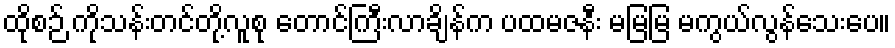
ထိုစဉ် ကိုသန်းတင်တို့လူစု တောင်ကြီးလာချိန်က ပထမဇနီး မမြမြ မကွယ်လွန်သေးပေ။